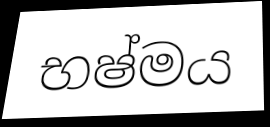
භෂ්මය